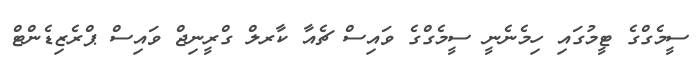
ސީމެގްގެ ޓީމުގައި ހިމެނެނީ ސީމެގްގެ ވައިސް ޗެއާ ކާރލް ގްރީނިޖް ވައިސް ޕްރެޒިޑެންޓް